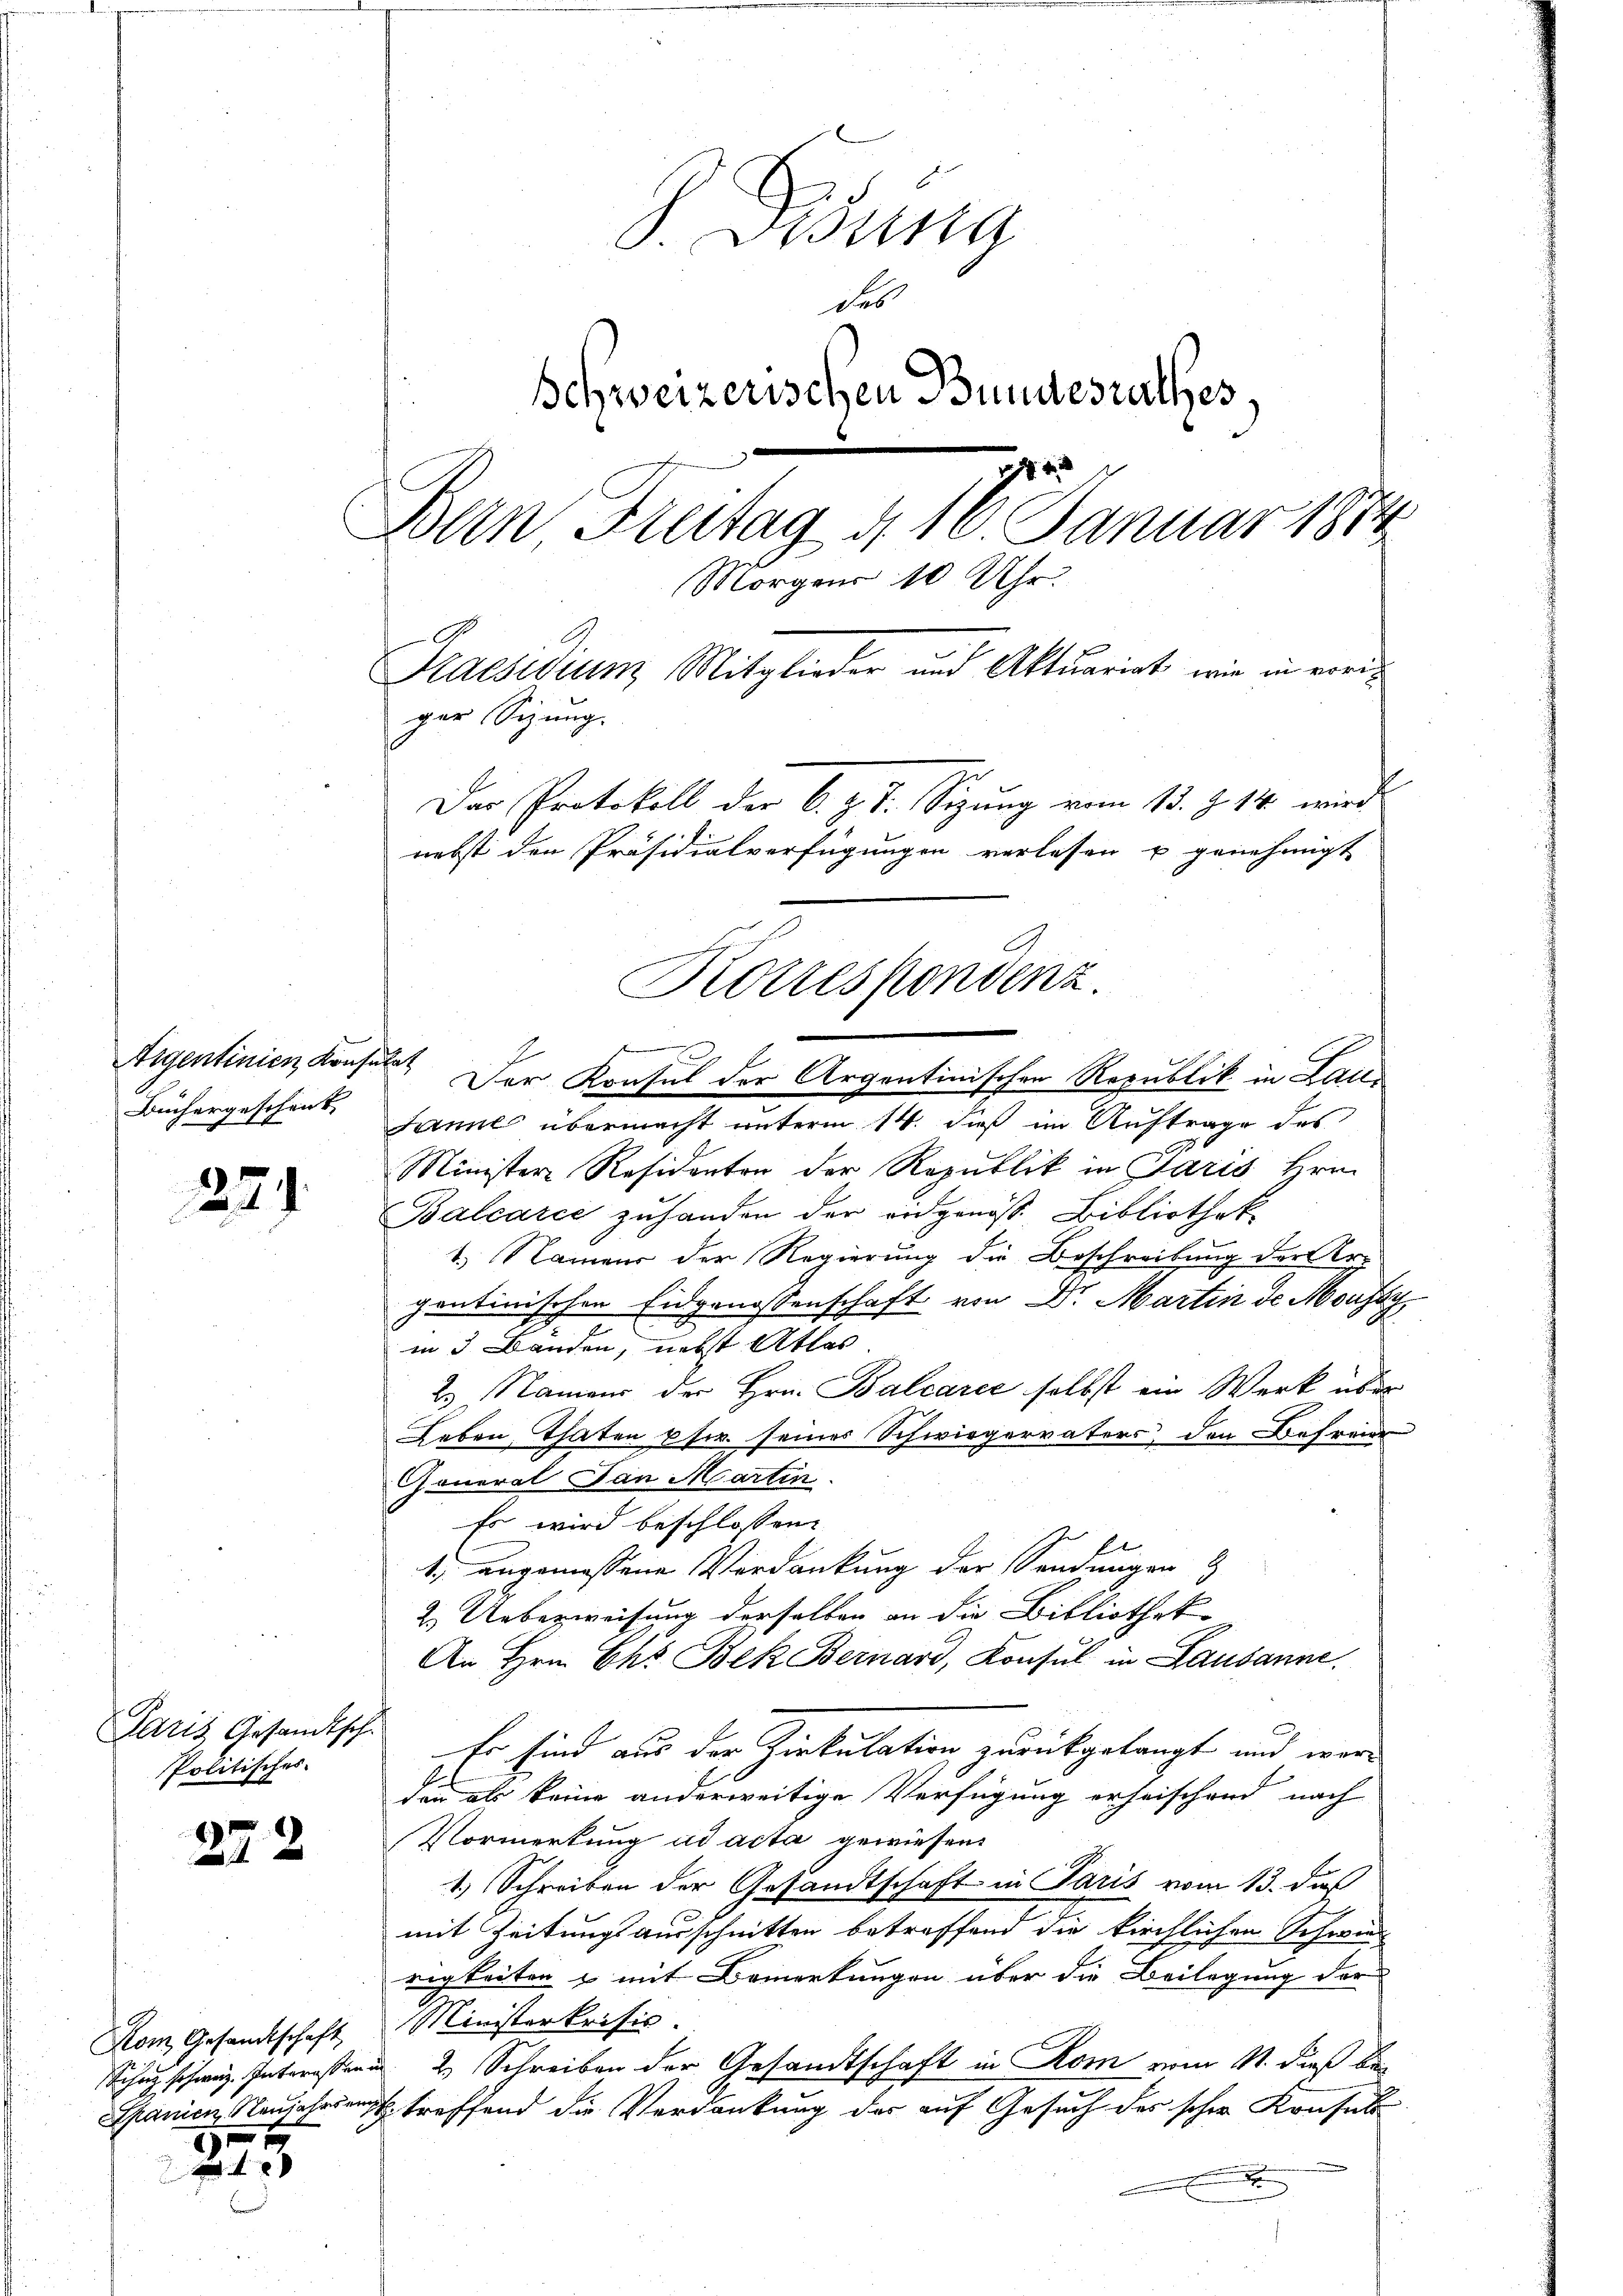
Aigentinien Konsulat
Büchergeschenk,

221.

Politisches.

272

Kom Gesandtschaft

3

S. Disena
des
Schweizerischen Bundesrathes,
ger
Bern Freitag d. 16. Januar 1874
Morgens 10 Uhr.
Praesidium Mitglieder und Aktuariat, wie in ereiger Sizung.
Der Protokoll der k. J. J. Sitzung vom 13. d. 14 wird
nebst den Präsidialverfügungen verlesen u. genehmigt

s
Der Konsul der Argentinischen Republik in Laus
Janne übermacht unterm 14. dieß im Auftrage des
Ministere Residenten der Republik in Paris Hrn.
Balcarić zuhanden der eidgenöß. Bibliothek
1.) Namens der Regierung die Beschreibung der Er-
gontinischen Eidgenossenschaft von Dr. Martin de Moussy
in 3 Banden, nebst Atlas.
2.) Namens der Hrn. Balcarce selbst ein Werk über
Leben, Thaten pfer seiner Schwiegervaters, den Befreier
General San Martin.
Es wird beschlossen:
b
1) angemessene Verdankung der Sendungen
2.) Ueberweisung derselben an die Bibliothek
An Hrn. Chs Bek Bernard, Konsul in Lausanne.
Paris Gesandtsche Er sind aus der Zirkulation zurückgelangt und wer
den als keine anderweitige Verfügung erheischend nach
Vormerkung ad acta gewiesen.
1
1.) Schreiben der Gesandtschaft in Paris vom 13. daß
x
mit Zeitungsausschnitten betreffend die kirchlichen Schwind
rigkeiten & mit Bemerkungen über die Beilegung der
Ministerkrisis.
Schutz schweiz. Interessen 2 Schreiben der Gesandtschaft in Rom vom 11. dieß be¬
Spanien Neujahren treffend die Verdankung der auf Gesuch des schon Konsul
.

Korrespondenz.